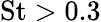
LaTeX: \mathrm{St}>0.3